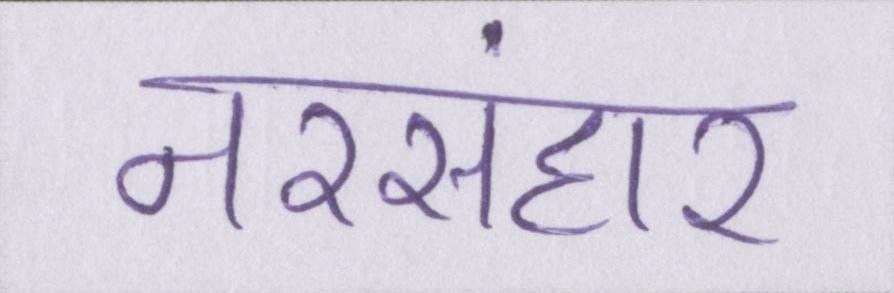
नरसंहार